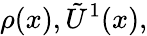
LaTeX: \rho(x),\tilde{U}^{1}(x),